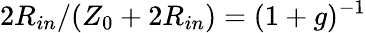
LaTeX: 2R_{in}/(Z_{0}+2R_{in})=(1+g)^{-1}